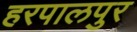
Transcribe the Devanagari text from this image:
हरपालपुर